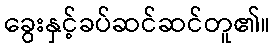
ခွေးနှင့်ခပ်ဆင်ဆင်တူ၏။